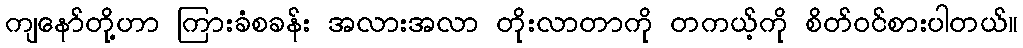
ကျနော်တို့ဟာ ကြားခံစခန်း အလားအလာ တိုးလာတာကို တကယ့်ကို စိတ်ဝင်စားပါတယ်။